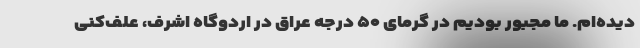
دیده‌ام. ما مجبور بودیم در گرمای ۵۰ درجه عراق در اردوگاه اشرف، علف‌کنی